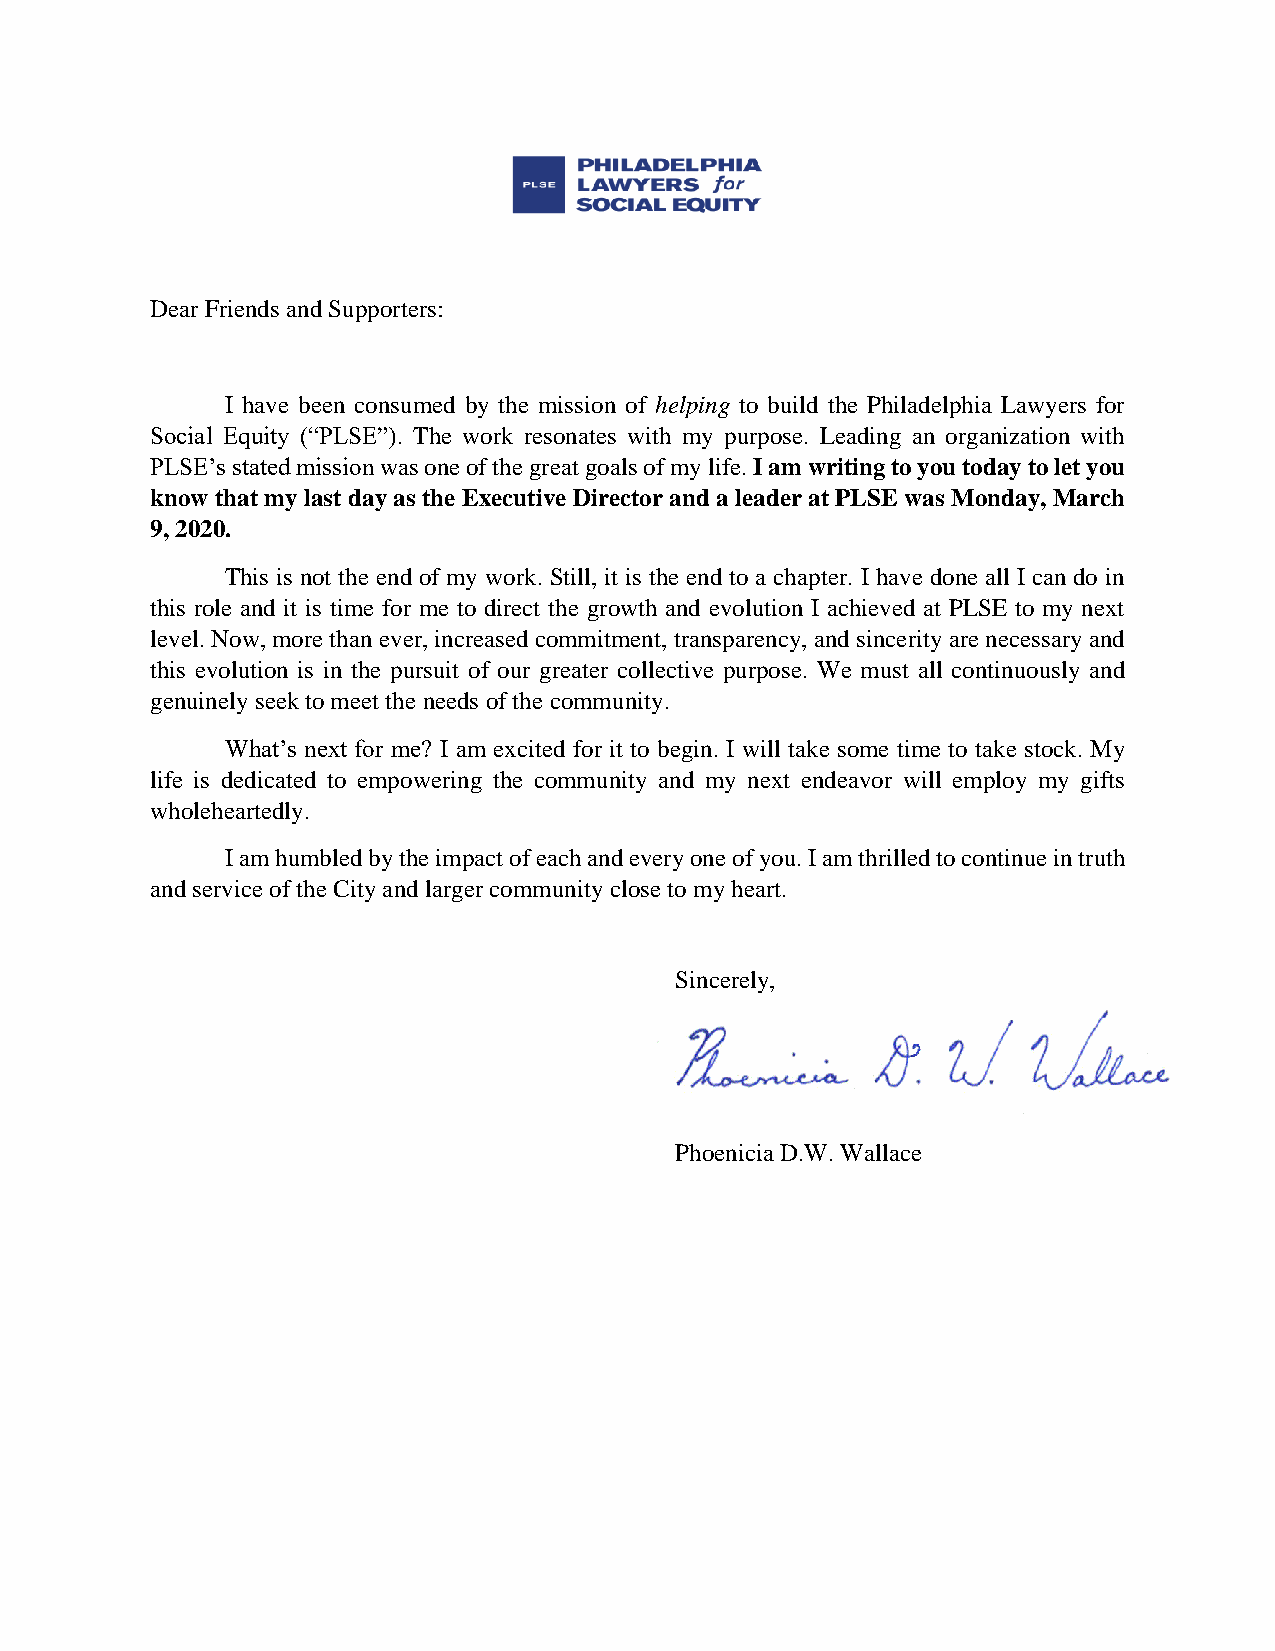
Dear Friends and Supporters:
 I have been consumed by the mission of helping to build the Philadelphia Lawyers for
 Social Equity (“PLSE”). The work resonates with my purpose. Leading an organization with
 PLSE’s stated mission was one of the great goals of my life. I am writing to you today to let you
 know that my last day as the Executive Director and a leader at PLSE was Monday, March
 9, 2020.
 This is not the end of my work. Still, it is the end to a chapter. I have done all I can do in
 this role and it is time for me to direct the growth and evolution I achieved at PLSE to my next
 level. Now, more than ever, increased commitment, transparency, and sincerity are necessary and
 this evolution is in the pursuit of our greater collective purpose. We must all continuously and
 genuinely seek to meet the needs of the community.
 What’s next for me? I am excited for it to begin. I will take some time to take stock. My
 life is dedicated to empowering the community and my next endeavor will employ my gifts
 wholeheartedly.
 I am humbled by the impact of each and every one of you. I am thrilled to continue in truth
 and service of the City and larger community close to my heart.
 Sincerely,
 Phoenicia D.W. Wallace